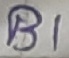
Text: B1